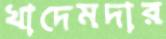
খাদেমদার